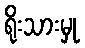
ရိုးသားမှု